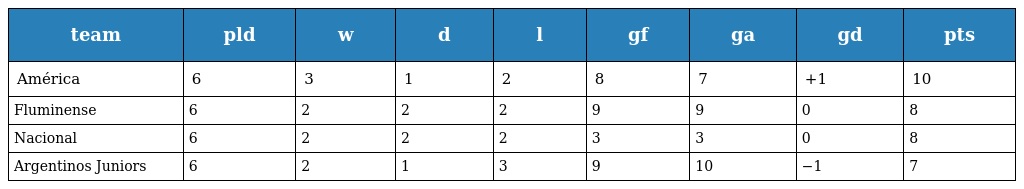
| team | pld | w | d | l | gf | ga | gd | pts |
 | --- | --- | --- | --- | --- | --- | --- | --- | --- |
 | América | 6 | 3 | 1 | 2 | 8 | 7 | +1 | 10 |
 | Fluminense | 6 | 2 | 2 | 2 | 9 | 9 | 0 | 8 |
 | Nacional | 6 | 2 | 2 | 2 | 3 | 3 | 0 | 8 |
 | Argentinos Juniors | 6 | 2 | 1 | 3 | 9 | 10 | −1 | 7 |